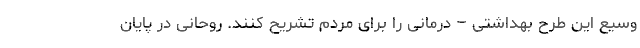
وسیع این طرح بهداشتی – درمانی را برای مردم تشریح کنند. روحانی در پایان